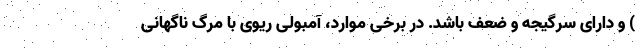
) و دارای سرگیجه و ضعف باشد. در برخی موارد، آمبولی ریوی با مرگ ناگهانی